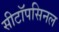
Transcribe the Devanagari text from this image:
सीटॉपसिनल